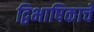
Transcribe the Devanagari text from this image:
द्विभाषिकाचे